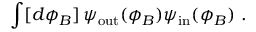
\int [ d \phi _ { B } ] \, \psi _ { \mathrm { o u t } } ( \phi _ { B } ) \psi _ { \mathrm { i n } } ( \phi _ { B } ) \ .